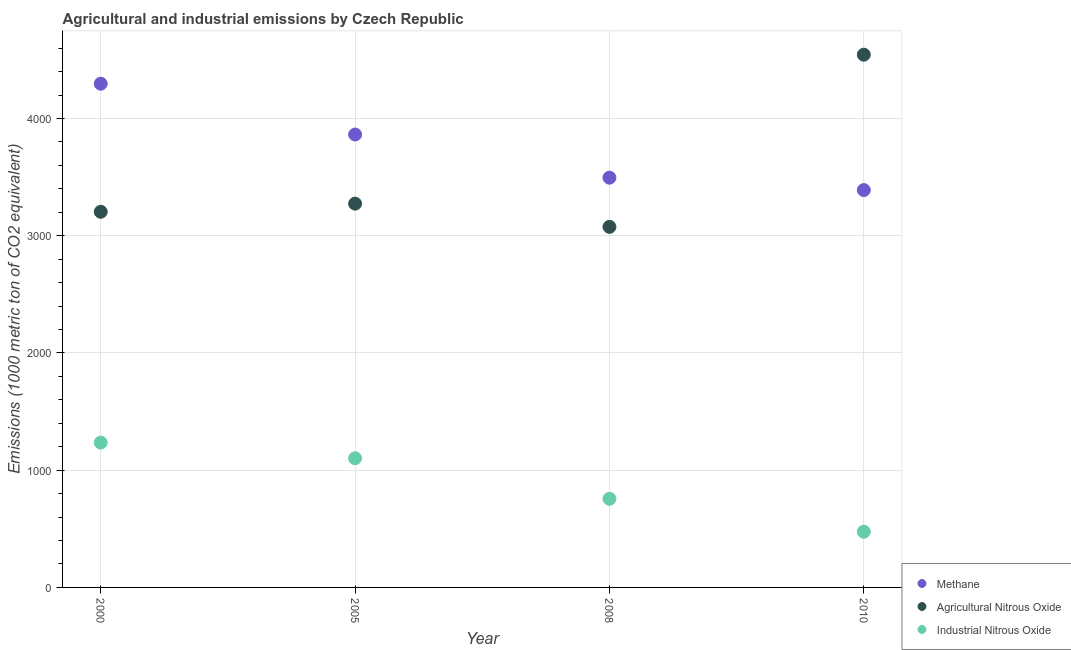
| Year | Methane | Agricultural Nitrous Oxide | Industrial Nitrous Oxide |
 | --- | --- | --- | --- |
 | 2000 | 4.3e+03 | 3.2e+03 | 1.24e+03 |
 | 2005 | 3.86e+03 | 3.27e+03 | 1.1e+03 |
 | 2008 | 3.5e+03 | 3.08e+03 | 756 |
 | 2010 | 3.39e+03 | 4.54e+03 | 475 |